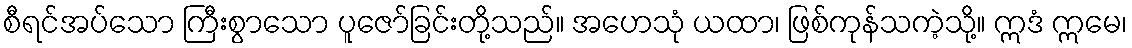
စီရင်အပ်သော ကြီးစွာသော ပူဇော်ခြင်းတို့သည်။ အဟေသုံ ယထာ၊ ဖြစ်ကုန်သကဲ့သို့။ ဣဒံ ဣမေ၊